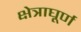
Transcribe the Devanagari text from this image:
क्षेत्राघूर्ण